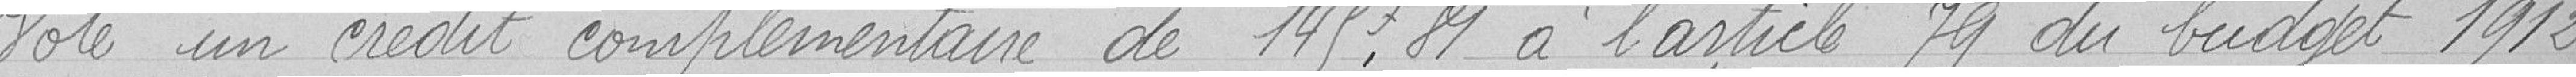
Vote un crédit complémentaire de 148, 81 francs à l'article 79 du budget 1912